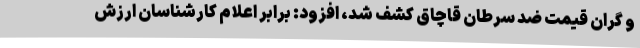
و گران قیمت ضد سرطان قاچاق کشف شد، افزود: برابر اعلام کارشناسان ارزش